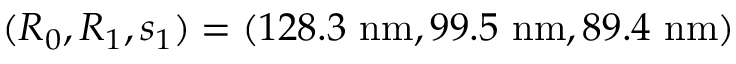
( R _ { 0 } , R _ { 1 } , s _ { 1 } ) = ( 1 2 8 . 3 \ \mathrm { n m } , 9 9 . 5 \ \mathrm { n m } , 8 9 . 4 \ \mathrm { n m } )